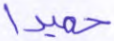
حميدا